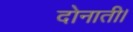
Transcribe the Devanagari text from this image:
दोनाती।